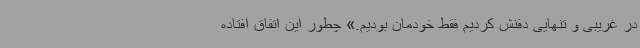
در غریبی و تنهایی دفنش کردیم فقط خودمان بودیم.» چطور این اتفاق افتاده